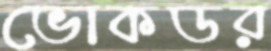
ভোকডর